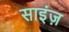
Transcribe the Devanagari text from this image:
साइंज़